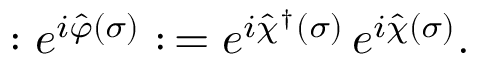
: e ^ { i \hat { \varphi } ( \sigma ) } : \, = e ^ { i \hat { \chi } ^ { \dagger } ( \sigma ) } \, e ^ { i \hat { \chi } ( \sigma ) } .